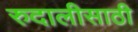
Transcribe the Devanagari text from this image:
रुदालीसाठी